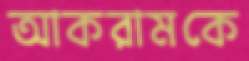
আকরামকে